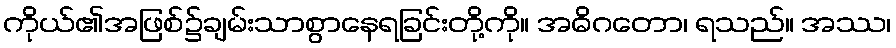
ကိုယ်၏အဖြစ်၌ချမ်းသာစွာနေရခြင်းတို့ကို။ အဓိဂတော၊ ရသည်။ အဿ၊